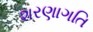
શરણાગતિ